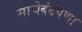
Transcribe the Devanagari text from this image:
साचेबंदपणा